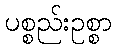
ပစ္စည်းဥစ္စာ